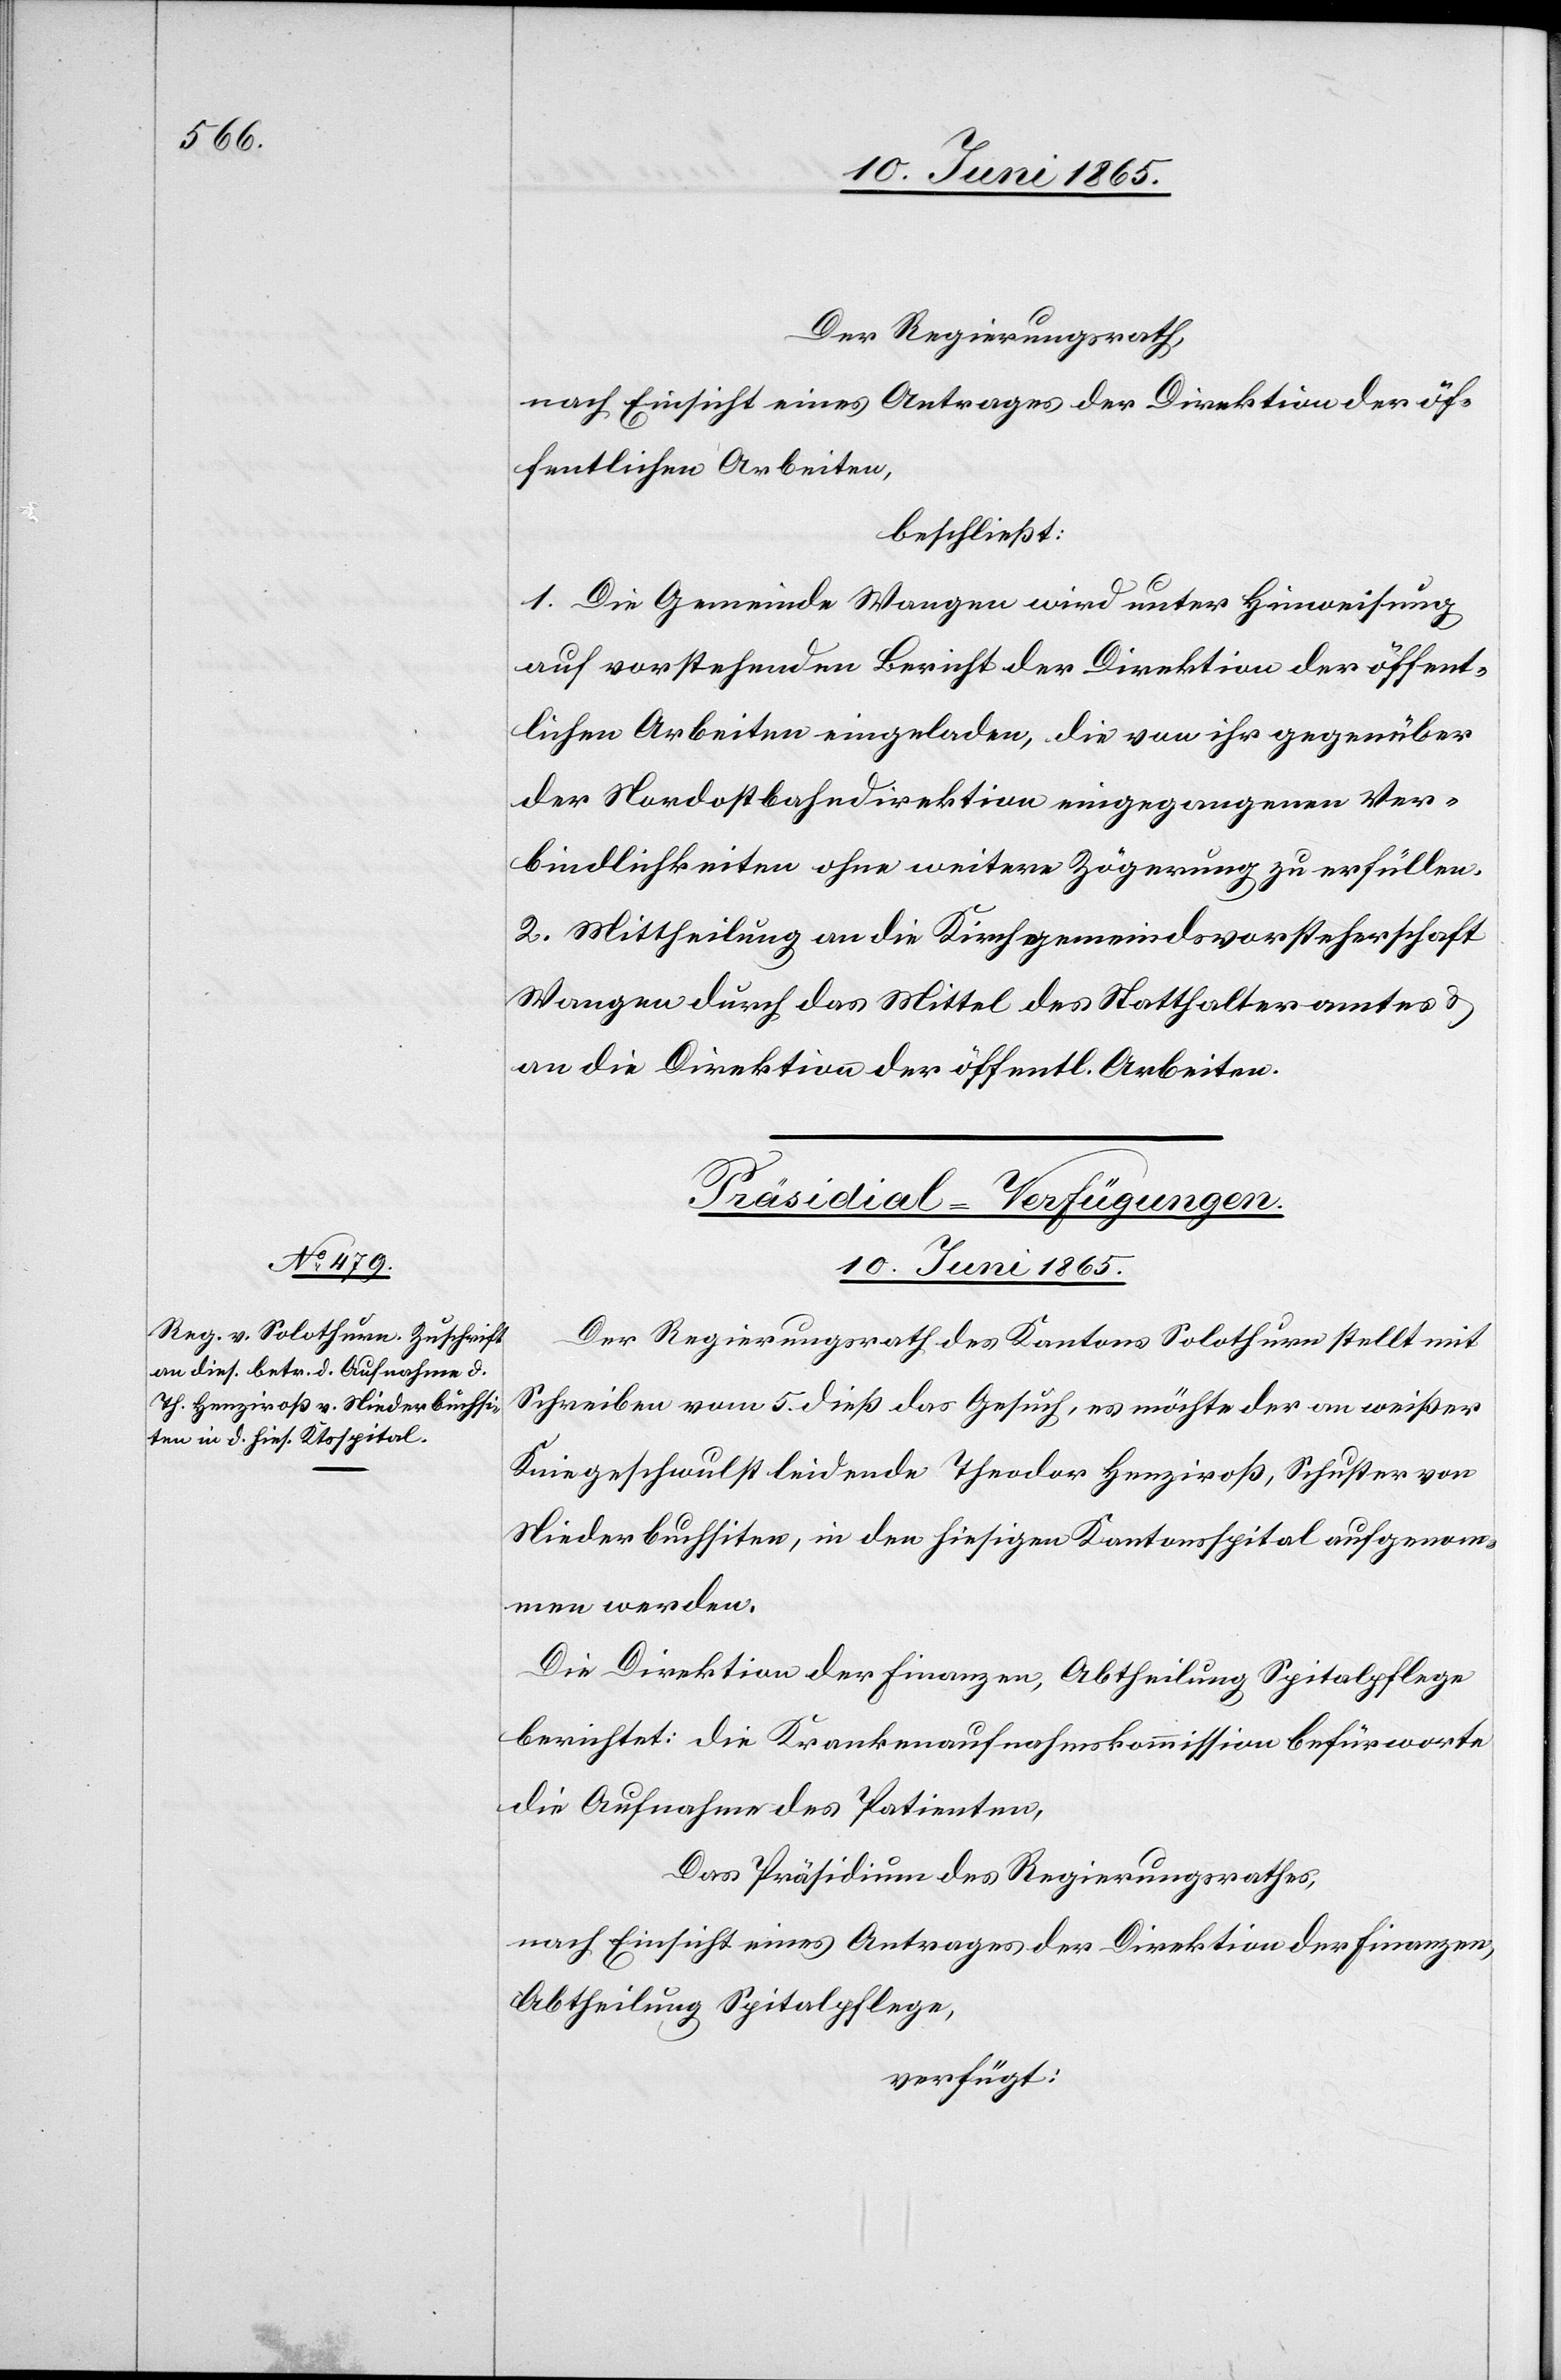
Der Regierungsrath,
nach Einsicht eines Antrages der Direktion der öf¬
fentlichen Arbeiten,
beschließt:
1. Die Gemeinde Wangen wird unter Hinweisung
auf vorstehenden Bericht der Direktion der öffent¬
lichen Arbeiten eingeladen, die von ihr gegenüber
der Nordostbahndirektion eingegangenen Ver¬
bindlichkeiten ohne weitere Zögerung zu erfüllen.
2. Mittheilung an die Kirchgemeindsvorsteherschaft
Wangen durch das Mittel des Statthalteramtes &
an die Direktion der öffentlichen Arbeiten.
Präsidial-Verfügungen.
10. Juni 1865.
Der Regierungsrath des Kantons Solothurn stellt mit
Schreiben vom 5. dieß das Gesuch, es möchte der an weißer
Kniegeschwulst leidende Theodor Henziroß, Schuster von
Niederbuchsiten, in den hiesigen Kantonsspital aufgenom¬
men werden.
Die Direktion der Finanzen, Abtheilung Spitalpflege
berichtet: Die Krankenaufnahmskommission befürworte
die Aufnahme des Patienten,
Das Präsidium des Regierungsrathes,
nach Einsicht eines Antrages der Direktion der Finanzen,
Abtheilung Spitalpflege,
verfügt: